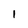
Character: l